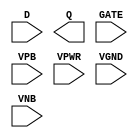
module sky130_fd_sc_hvl__dlxtp (
    //# {{data|Data Signals}}
    input  D   ,
    output Q   ,

    //# {{clocks|Clocking}}
    input  GATE,

    //# {{power|Power}}
    input  VPB ,
    input  VPWR,
    input  VGND,
    input  VNB
);
endmodule